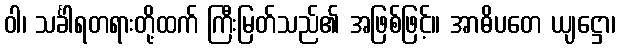
ဝါ၊ သင်္ခါရတရားတို့ထက် ကြီးမြတ်သည်၏ အဖြစ်ဖြင့်။ အာဓိပတေ ယျဋ္ဌော၊